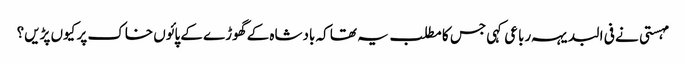
مہستی نے فی البدیہہ رباعی کہی جس کا مطلب یہ تھا کہ بادشاہ کے گھوڑے کے پائوں خاک پر کیوں پڑیں؟